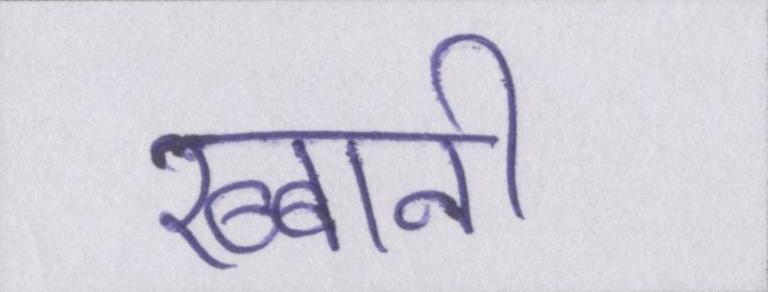
रब्बानी